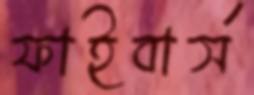
ফাইবার্স